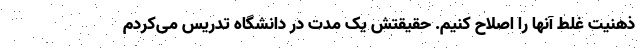
ذهنیت‌ غلط آنها را اصلاح کنیم. حقیقتش یک مدت در دانشگاه تدریس می‌کردم